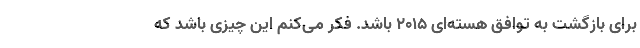
برای بازگشت به توافق هسته‌ای ۲۰۱۵ باشد. فکر می‌کنم این چیزی باشد که